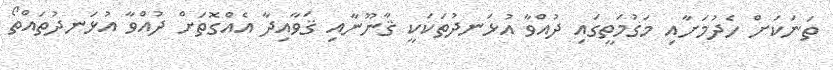
ތަނަކަށް ހެދުމަށާއި މަގުމަތީގައި ދުއްވާ އުޅަނދުތަކަކީ ޤާނޫނާއި ޤަވާއިދާ އެއްގޮތަށް ދުއްވާ އުޅަނދުތައްތޯ